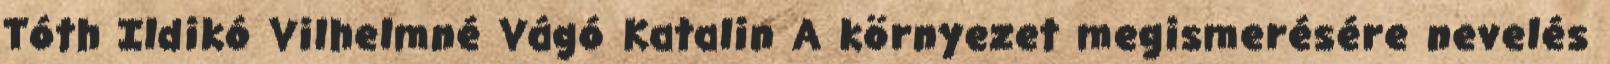
Tóth Ildikó Vilhelmné Vágó Katalin A környezet megismerésére nevelés